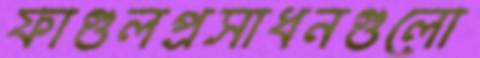
ফাগুলপ্রসাধনগুলো